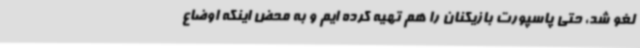
لغو شد، حتی پاسپورت بازیکنان را هم تهیه کرده ایم و به محض اینکه اوضاع